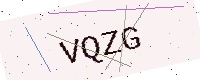
Text: VQZG